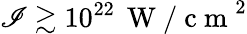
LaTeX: \mathscr{I}\gtrsim10^{22}\, \mathrm{{~W~/~c~m~}}^{2}